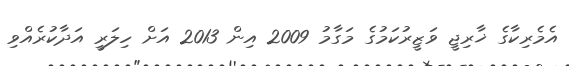
އެމެރިކާގެ ޚާރިޖީ ވަޒީރުކަމުގެ މަގާމު 2009 އިން 2013 އަށް ހިލަރީ އަދާކުރެއްވި